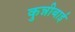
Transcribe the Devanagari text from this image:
कुन्नीबाई